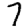
Digit: 7